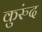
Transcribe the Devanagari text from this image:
कुरुंद